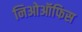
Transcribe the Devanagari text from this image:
निओऑफिस